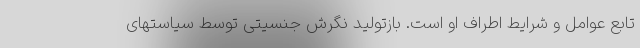
تابع عوامل و شرایط اطراف او است. بازتولید نگرش جنسیتی توسط سیاستهای